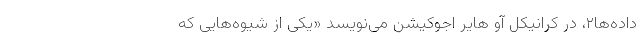
داده‌ها۲، در کرانیکل آو هایر اجوکیشن می‌نویسد «یکی از شیوه‌هایی که